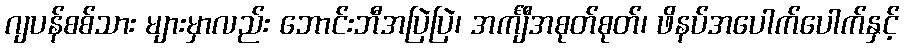
ဂျပန်စစ်သား များမှာလည်း ဘောင်းဘီအပြဲပြဲ၊ အင်္ကျီအစုတ်စုတ်၊ ဖိနပ်အပေါက်ပေါက်နှင့်